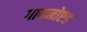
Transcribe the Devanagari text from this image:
गायनोएड